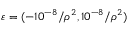
\varepsilon = ( - 1 0 ^ { - 8 } / \rho ^ { 2 } , 1 0 ^ { - 8 } / \rho ^ { 2 } )